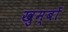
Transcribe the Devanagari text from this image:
खुम्बों